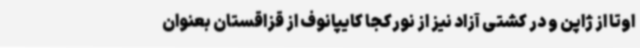
اوتا از ژاپن و در کشتی آزاد نیز از نورکجا کایپانوف از قزاقستان بعنوان